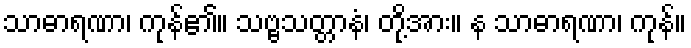
သာဓာရဏာ၊ ကုန်၏။ သဗ္ဗသတ္တာနံ၊ တို့အား။ န သာဓာရဏာ၊ ကုန်။